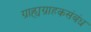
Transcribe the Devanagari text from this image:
ग्राह्यग्राहकसंबंध